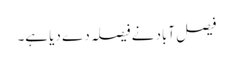
فیصل آباد نے فیصلہ دے دیا ہے۔